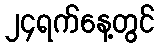
၂၄ရက်နေ့တွင်